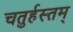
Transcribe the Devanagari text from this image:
चतुर्हस्तम्